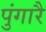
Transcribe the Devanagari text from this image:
पुंगारै